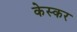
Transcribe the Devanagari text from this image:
केस्कर